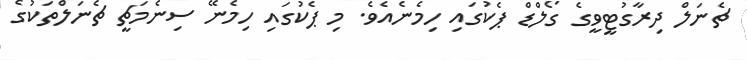
ޗެނަލް ދިރާގުޓީވީގެ ގޯލްޑް ޕެކުގައި ހިމެނެއެވެ. މި ޕެކުގައި ހިމެނޭ ސިނެމަޗީ ޗެނަލްތަކުގެ